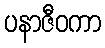
ပနာဇီဝကာ